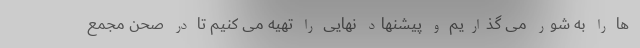
ها را به شور می گذاریم و پیشنهاد نهایی را تهیه می کنیم تا در صحن مجمع